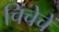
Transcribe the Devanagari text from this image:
चिंचेचें